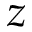
z